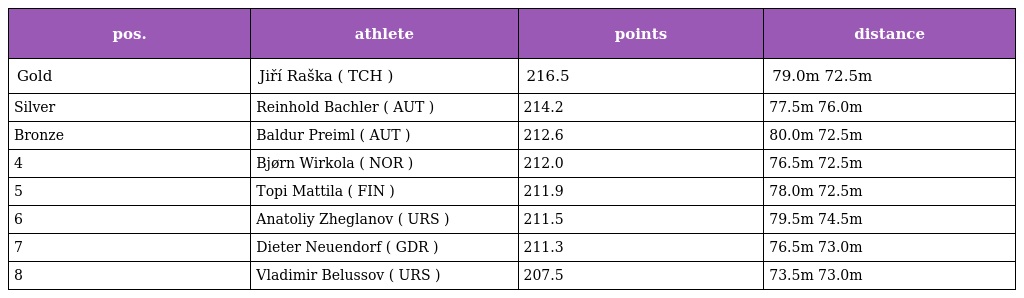
| pos. | athlete | points | distance |
 | --- | --- | --- | --- |
 | Gold | Jiří Raška ( TCH ) | 216.5 | 79.0m 72.5m |
 | Silver | Reinhold Bachler ( AUT ) | 214.2 | 77.5m 76.0m |
 | Bronze | Baldur Preiml ( AUT ) | 212.6 | 80.0m 72.5m |
 | 4 | Bjørn Wirkola ( NOR ) | 212.0 | 76.5m 72.5m |
 | 5 | Topi Mattila ( FIN ) | 211.9 | 78.0m 72.5m |
 | 6 | Anatoliy Zheglanov ( URS ) | 211.5 | 79.5m 74.5m |
 | 7 | Dieter Neuendorf ( GDR ) | 211.3 | 76.5m 73.0m |
 | 8 | Vladimir Belussov ( URS ) | 207.5 | 73.5m 73.0m |